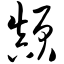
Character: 颠